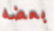
بعضه